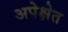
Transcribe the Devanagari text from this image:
अपेक्षेत